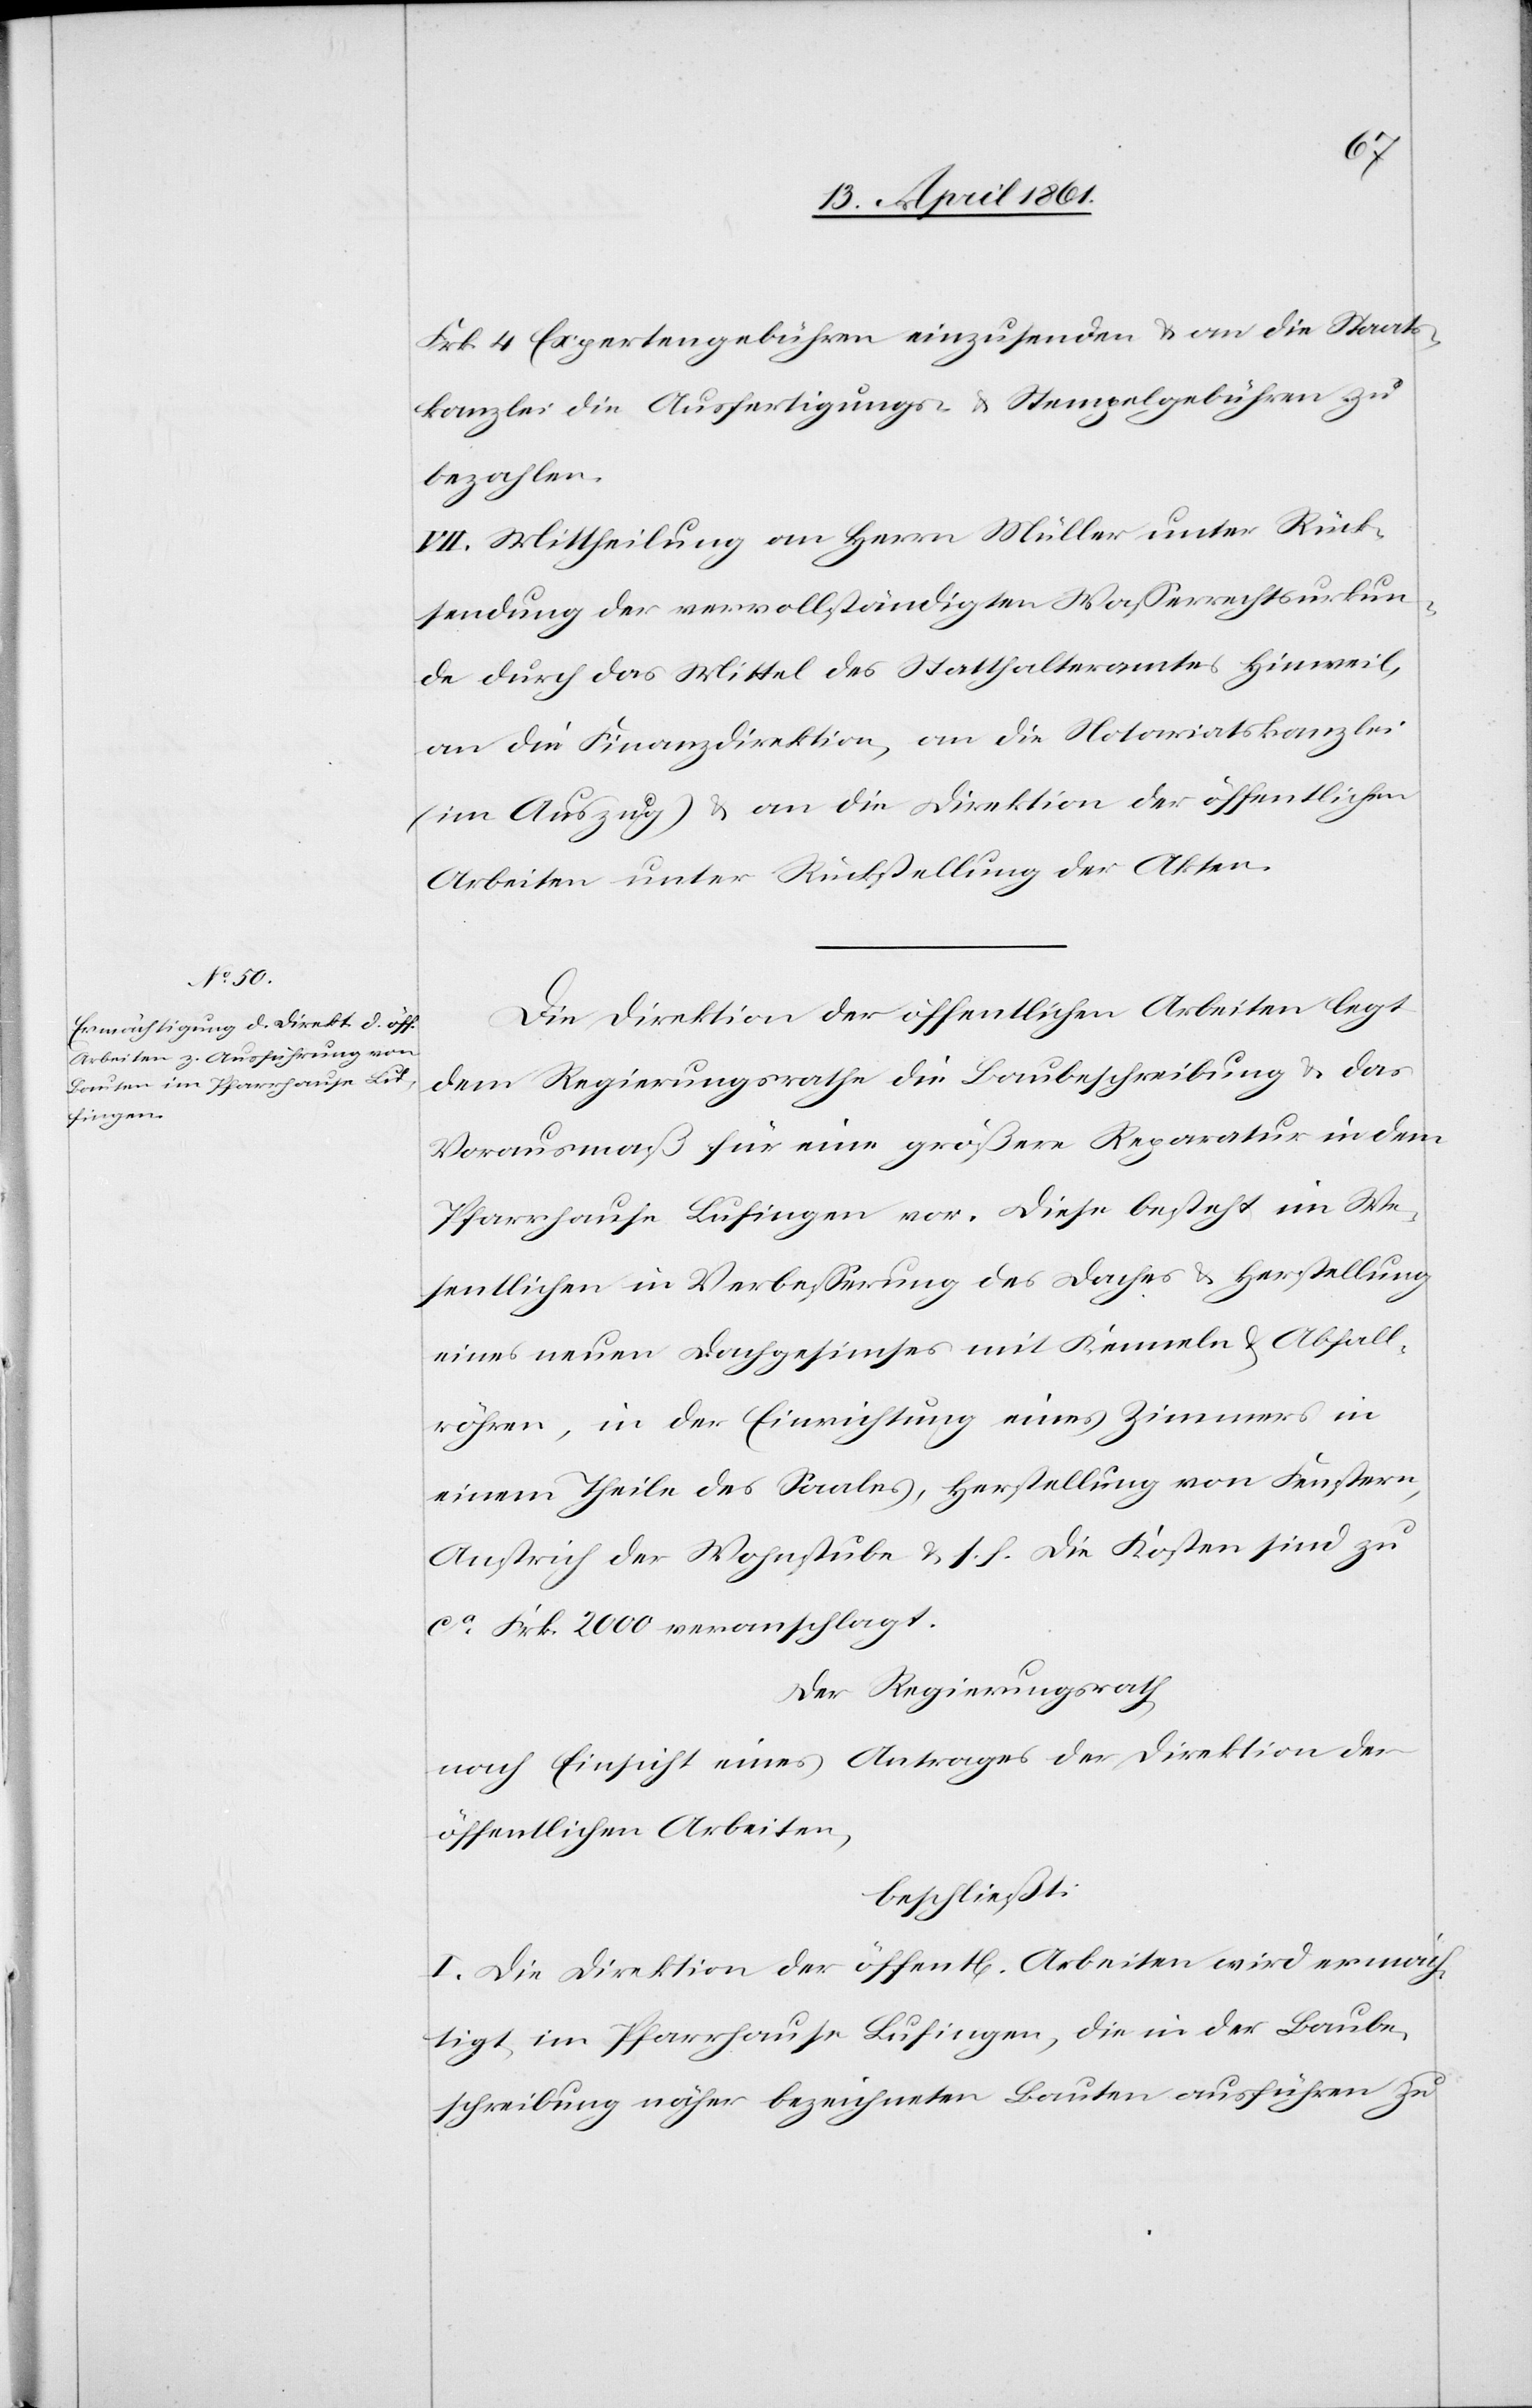
Frk. 4 Expertengebühren einzusenden u. an die Staats¬
kanzlei die Ausfertigungs- u. Stempelgebühren zu
bezahlen.
VII. Mittheilung an Herrn Müller unter Rück¬
sendung der vervollständigten Wasserrechtsurkun¬
de durch das Mittel des Statthalteramtes Hinweil,
an die Finanzdirektion, an die Notariatskanzlei
(im Auszug) u. an die Direktion der öffentlichen
Arbeiten unter Rückstellung der Akten.
Die Direktion der öffentlichen Arbeiten legt
dem Regierungsrathe die Baubeschreibung u. das
Vorausmaß für eine größere Reparatur in dem
Pfarrhause Lufingen vor. Diese besteht im We¬
sentlichen in Verbesserung des Daches u. Herstellung
eines neuen Dachgesimses mit Kenneln u. Abfall¬
röhren, in der Einrichtung eines Zimmers in
einem Theile des Saales, Herstellung von Fenstern,
Anstrich der Wohnstube u. s. f. Die Kosten sind zu
ca Frk. 2000 veranschlagt.
Der Regierungsrath
nach Einsicht eines Antrages der Direktion der
öffentlichen Arbeiten,
beschließt:
I. Die Direktion der öffentl. Arbeiten wird ermäch¬
tigt, im Pfarrhause Lufingen, die in der Baube¬
schreibung näher bezeichneten Bauten ausführen zu